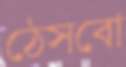
ঠেসবো